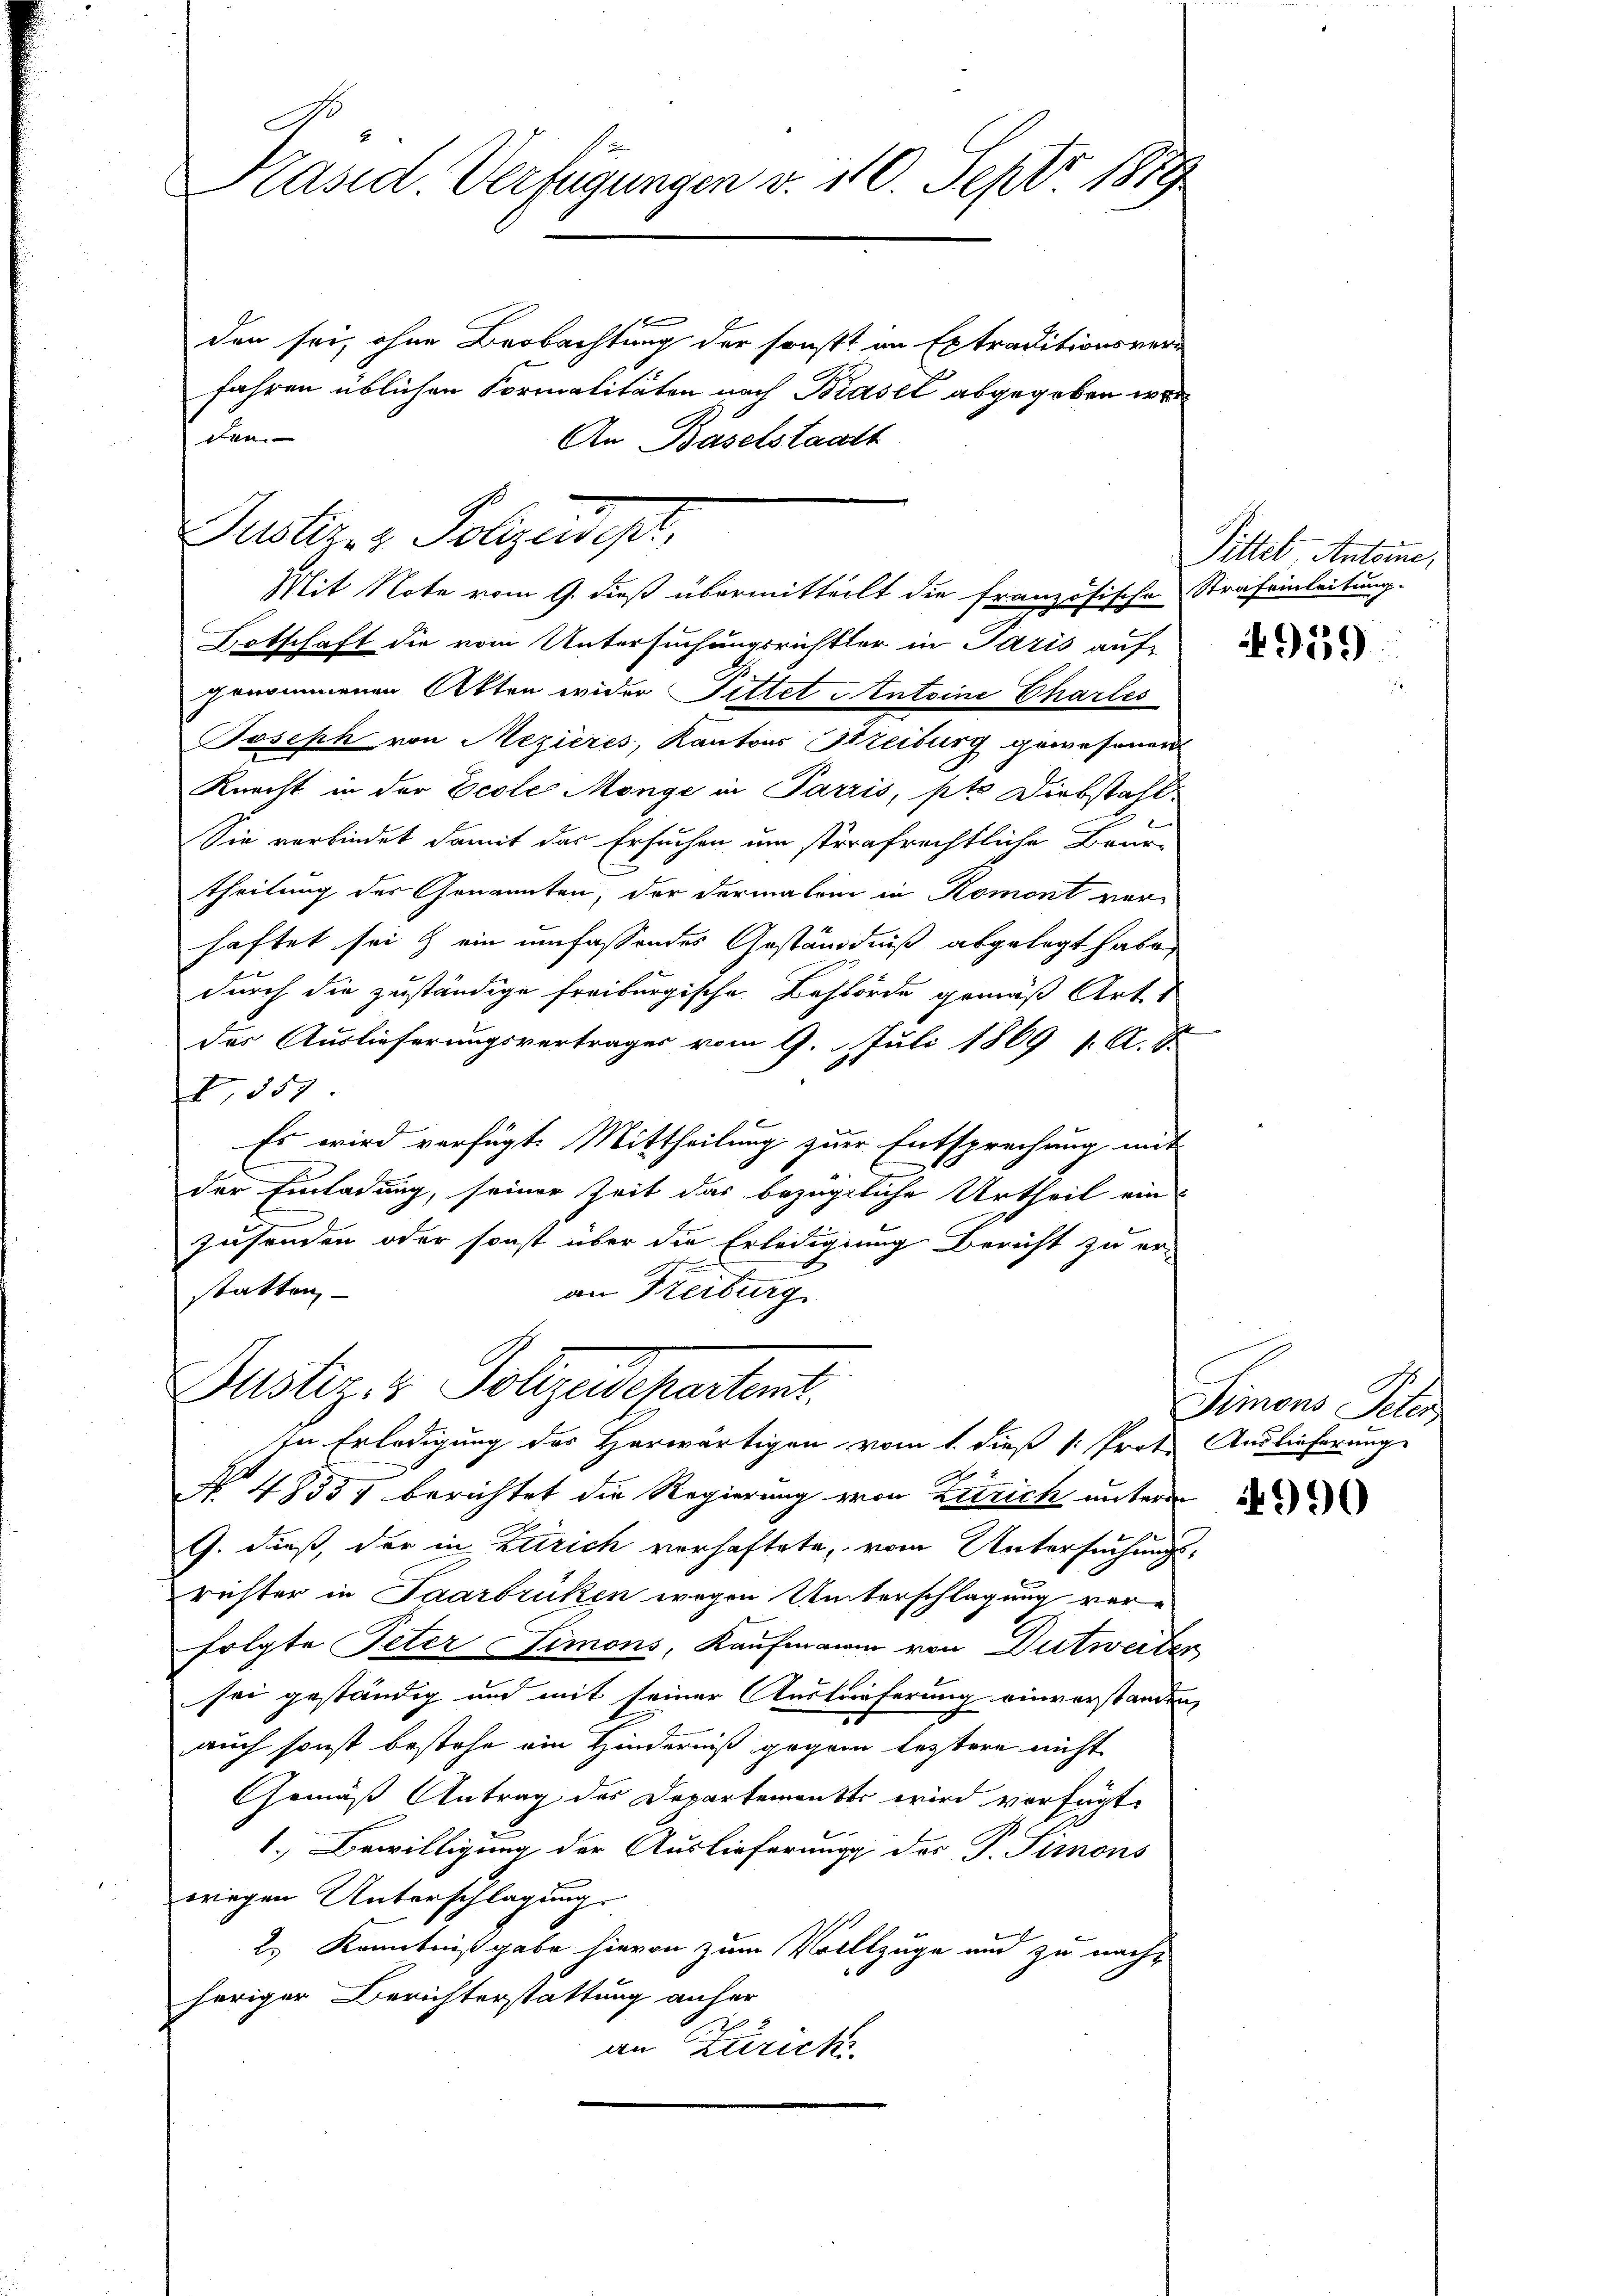
den
An Baselstaats

Präsid. Verfügungen v. 110. Sept 1879
den sei, ohne Beobachtung der sonst im Extraditionsver
fahren üblichen Formalitäten nach Biasel abgegeben wor

Dustiz- & Polizeidesl
Mit Note vom 9. dieß übermitteilt die französische Strafeinleitung.

Botschaft die vom Untersuchungsrichter in Paris auf-
genommenen Akten wider Pittet Antoine Charles
Joseph von Mezieres, Kantons Streiburg gewesenen
Knecht in der Ecole Mänge in Parris, pto Diebstahl
Sie verbindet damit das Ersuchen um strafrechtliche Beur-
theilung der Genannten, der dermalen in Romont ver-
haftet sei & ein umfassendes Geständniß abgelegt habe,
durch die zuständige freiburgische Behörde gemäß Art. 1
des Auslieferungsvertrages vom 9. Juli 1869 1. A. S
,39.
Es wird verfügt: Mittheilung zur Entsprechung mit
C
der Einladung, seiner Zeit das bezügliche Urtheil ein
zusenden oder sonst über die Erledigung Bericht zu er-
h
statten,
an Freiburg

Justiz & Polizedepartet.
In Erledigung des Herwärtigen vom 1. dieß 1: Prot. Auslieferung

No. 48537 berichtet die Regierung von Zürich unterm de
G. dieß, der in Zürich verhaftete, vom Untersuchungsrichter in Paarbrüken wegen Unterschlagung verfolgte Peter Limons, Kaufmann von Dutweiten
sei geständig und mit seiner Austrieferung einvorstanden,
auch sonst bestehe ein Hinderniß gegen leztere nicht
Gemäß Antrag des Departementes wird verfügt:
1. Bewilligung der Auslieferung des P. Simons
wiegen Unterschlagung
2.) Kenntnißgabe hievon zum Vollzüge und zu nachheriger Berichterstattung anher
an Zürich

Pittel, Antone,

959

Simons Tele